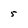
Character: 5